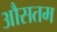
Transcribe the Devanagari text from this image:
औसतम